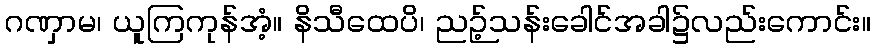
ဂဏှာမ၊ ယူကြကုန်အံ့။ နိသီထေပိ၊ ညဉ့်သန်းခေါင်အခါ၌လည်းကောင်း။